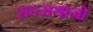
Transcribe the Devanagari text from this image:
सन्सथानों